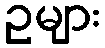
ဥများ